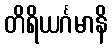
တိရိယင်္ဂမာနိ